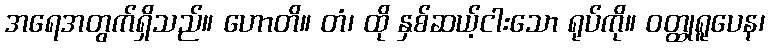
အရေအတွက်ရှိသည်။ ဟောတိ။ တံ၊ ထို နှစ်ဆယ့်ငါးသော ရုပ်ကို။ ဝတ္ထုရူပေန၊